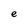
Character: e